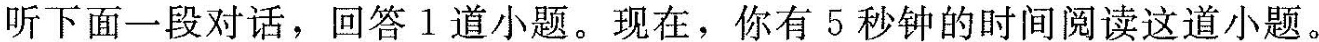
听下面一段对话，回答1道小题。现在，你有5秒钟的时间阅读这道小题。